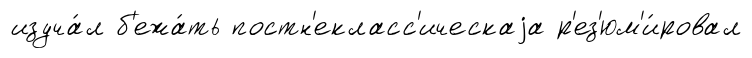
изуча́л б'ежа́ть постн'екласс'ическаjа р'ез'юм'и́ровал